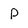
Character: p